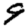
Digit: 9